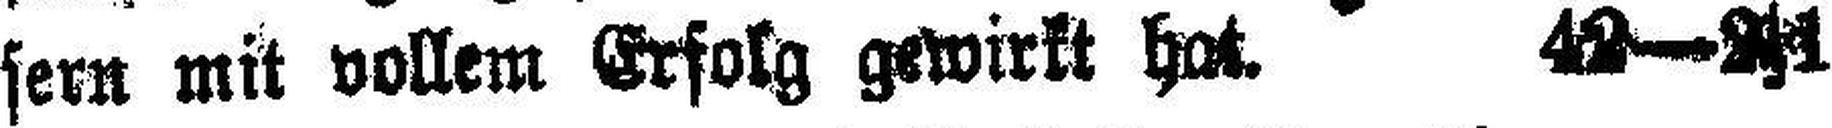
sern mit vollem Erfolg gewirkt hat. 42—2|1